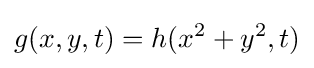
g(x,y,t)=h(x^{2}+y^{2},t)